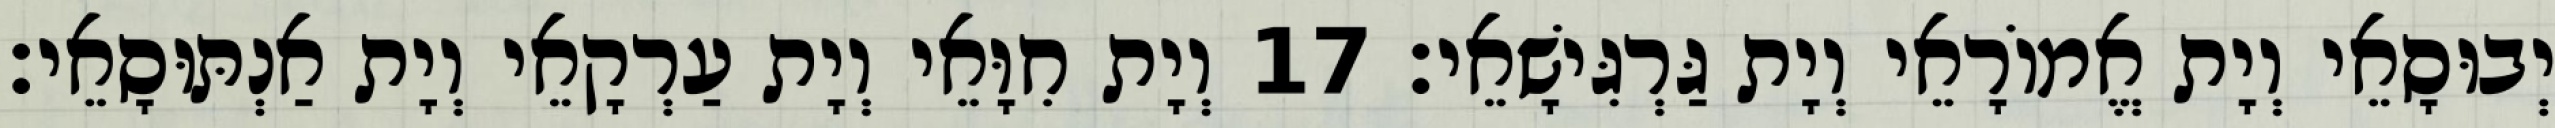
יְבוּסָאֵי וְיָת אֱמוֹרָאֵי וְיָת גַּרְגִּישָׁאֵי׃ 17 וְיָת חִוָּאֵי וְיָת עַרְקָאֵי וְיָת אַנְתּוּסָאֵי׃